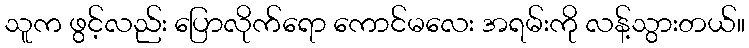
သူက ဖွင့်လည်း ပြောလိုက်ရော ကောင်မလေး အရမ်းကို လန့်သွားတယ်။